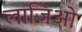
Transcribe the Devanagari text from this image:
लाज़िओ